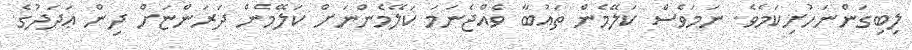
ލިބިގަންނަހުށިކަމެވެ. ނަމަވެސް ކަލޭމެން ތައުބާ ވެއްޖެނަމަ ކަލޭމެންނަށް ކަލޭމެން ދަރަންޏަށް ދިން ޢަދަދުގެ